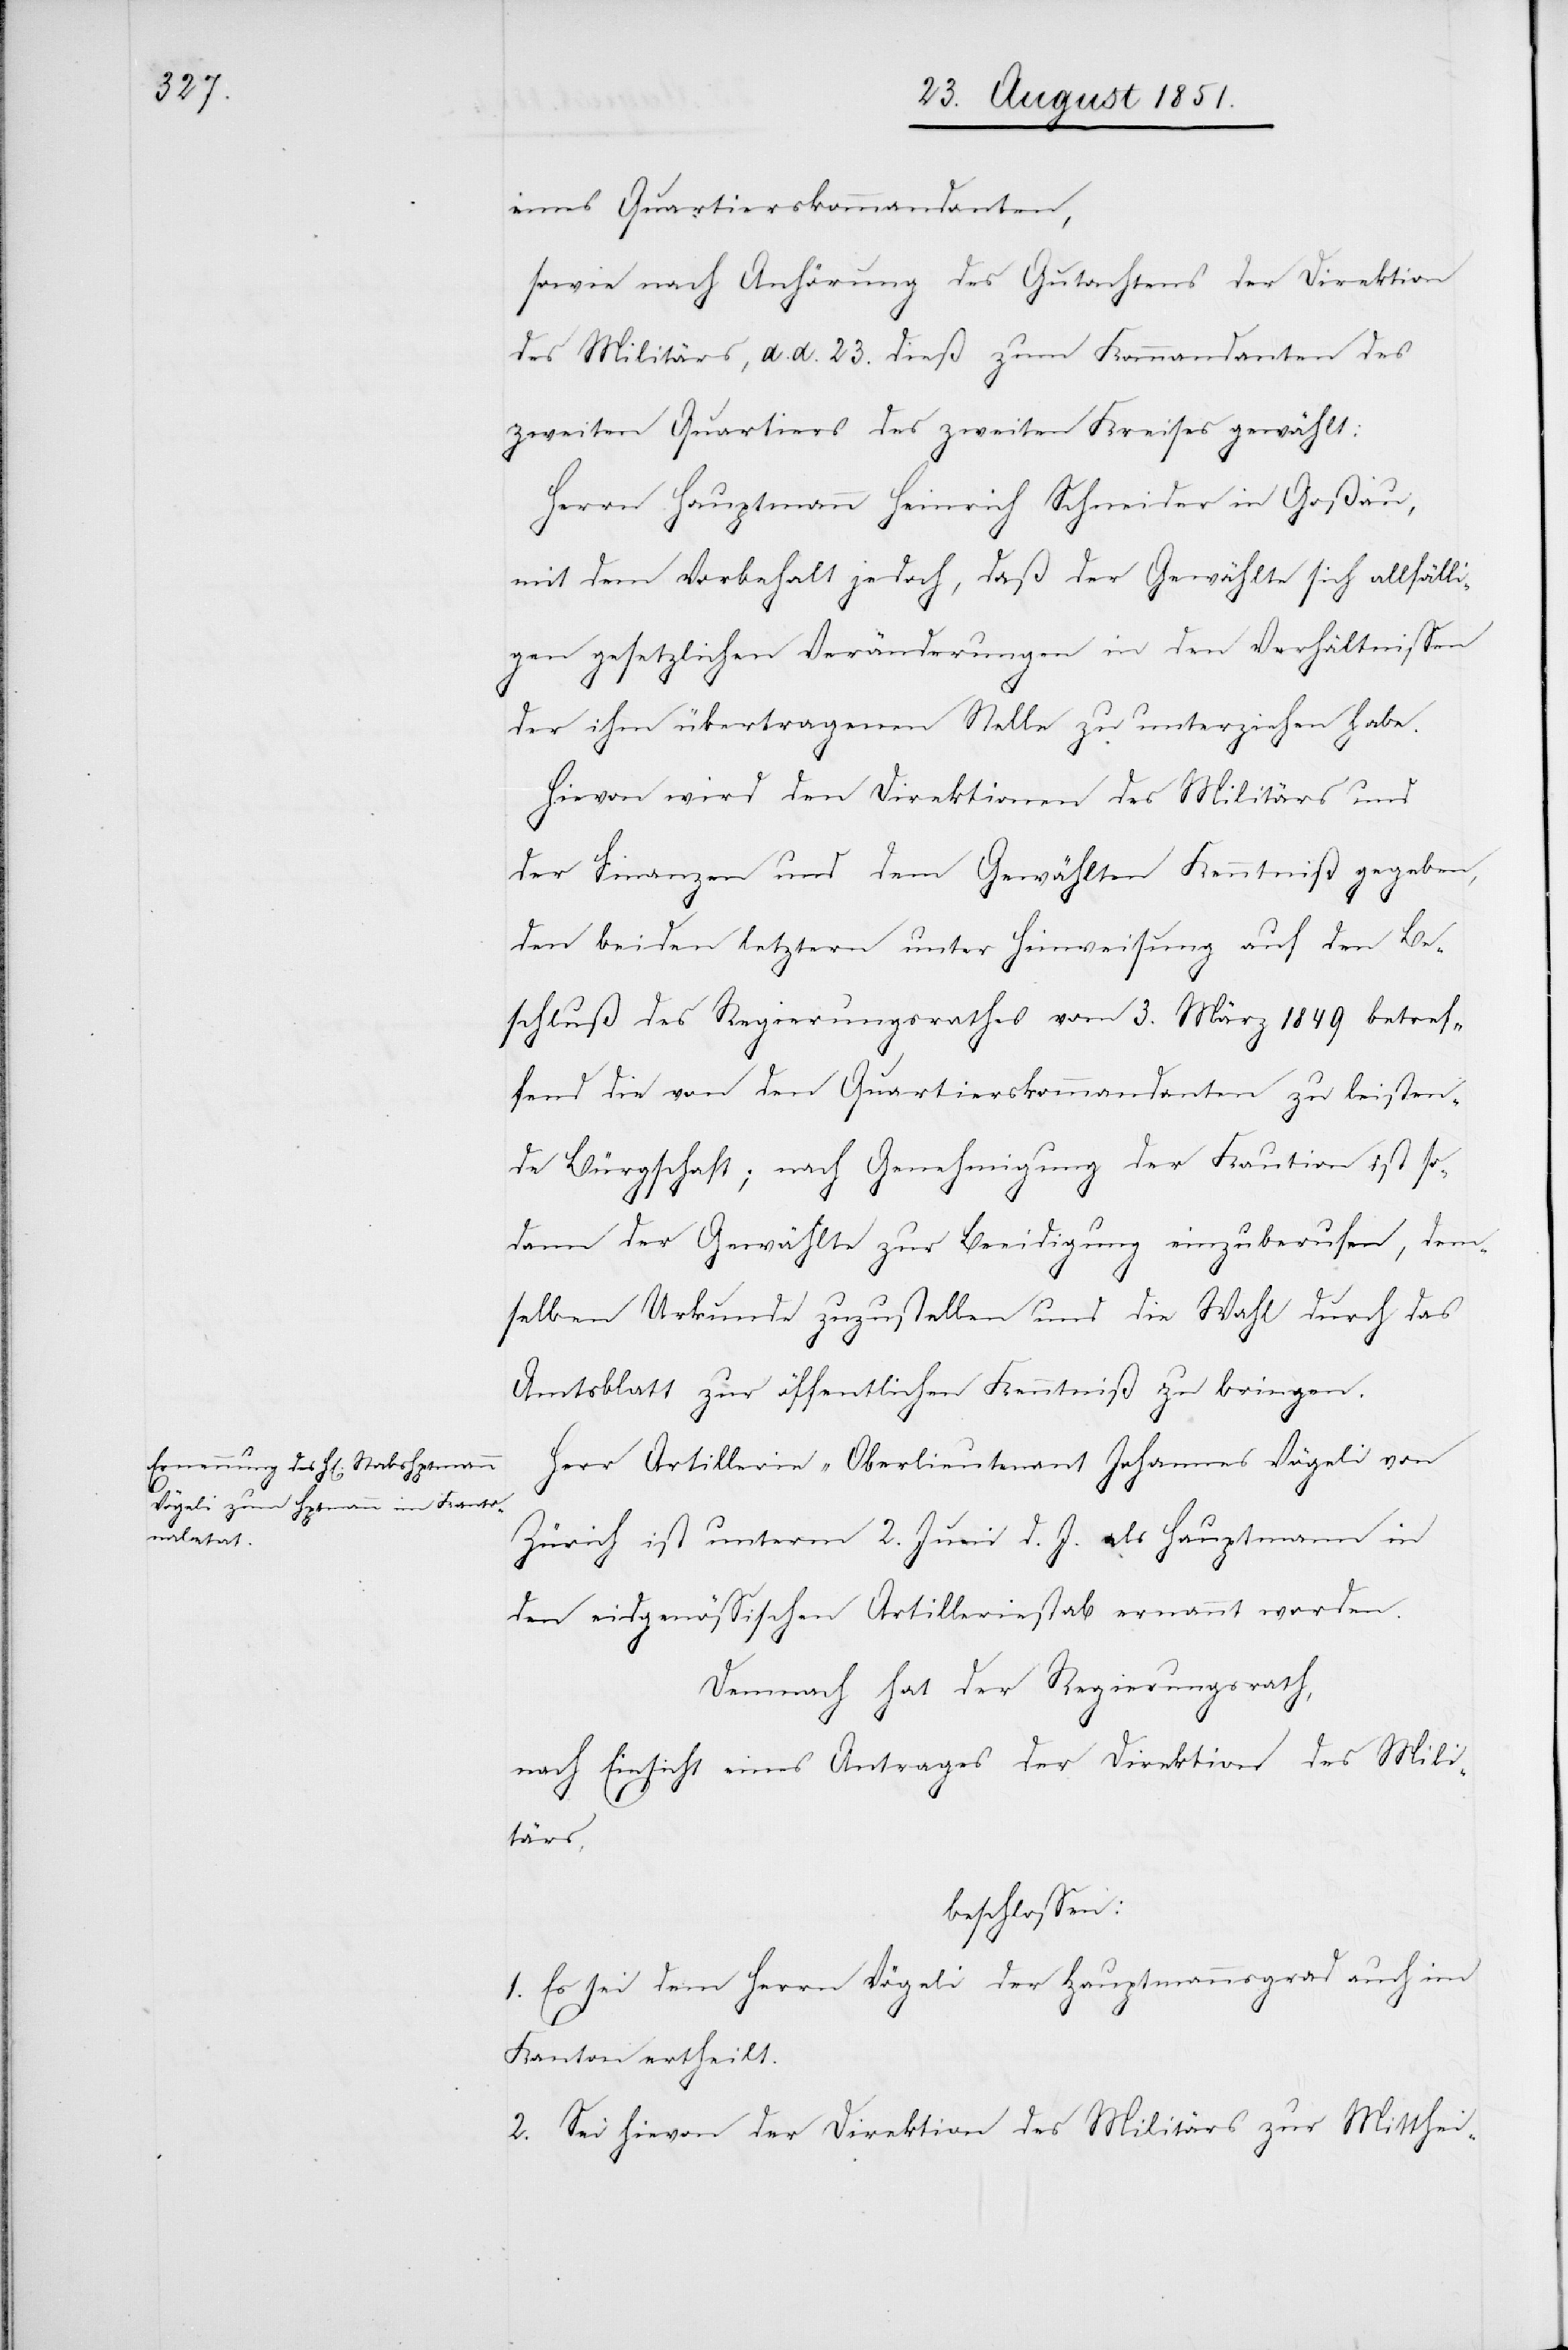
eines Quartierskommandanten,
sowie nach Anhörung des Gutachtens der Direktion
des Militärs, d. d. 23. dieß zum Kommandanten des
zweiten Quartiers des zweiten Kreises gewählt:
Herrn Hauptmann Heinrich Schneider in Goßau,
mit dem Vorbehalt jedoch, daß der Gewählte sich allfälli¬
gen gesetzlichen Veränderungen in den Verhältnissen
der ihm übertragenen Stelle zu unterziehen habe.
Hievon wird den Direktionen des Militärs und
der Finanzen und dem Gewählten Kenntniß gegeben,
den beiden letztern unter Hinweisung auf den Be¬
schluß des Regierungsrathes vom 3. März 1849 betref¬
fend die von den Quartierskommandanten zu leisten¬
de Bürgschaft; nach Genehmigung der Kaution ist so¬
dann der Gewählte zur Beeidigung einzuberufen, dem¬
selben Urkunde zuzustellen und die Wahl durch das
Amtsblatt zur öffentlichen Kenntniß zu bringen.
Herr Artillerie-Oberlieutenant Johannes Vögeli von
Zürich ist unterm 2. Juni d. J. als Hauptmann in
den eidgenössischen Artilleriestab ernannt worden.
Demnach hat der Regierungsrath,
nach Einsicht eines Antrages der Direktion des Mili¬
tärs,
beschlossen:
1. Es sei dem Herrn Vögeli der Hauptmannsgrad auch im
Kanton ertheilt.
2. Sei hievon der Direktion des Militärs zur Mitthei-